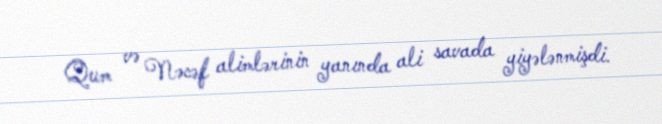
Qum və Nəcəf alimlərinin yanında ali savada yiyələnmişdi.